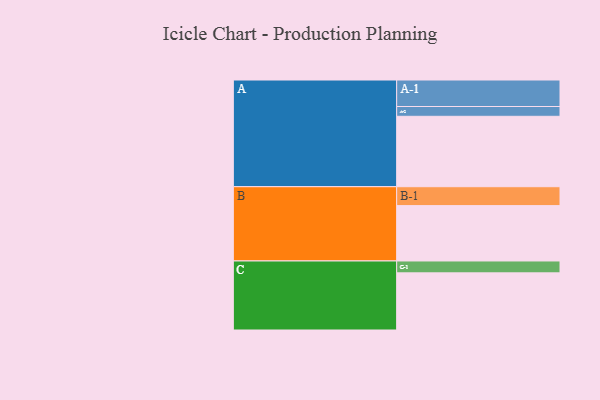
{"axis": {"x": "Segment", "y": "Value"}, "legend": ["", "A", "B", "C"], "data": [{"x": "A", "y": 510, "type": ""}, {"x": "B", "y": 401, "type": ""}, {"x": "C", "y": 414, "type": ""}, {"x": "A-1", "y": 192, "type": "A"}, {"x": "A-2", "y": 71, "type": "A"}, {"x": "B-1", "y": 137, "type": "B"}, {"x": "C-1", "y": 86, "type": "C"}]}